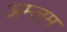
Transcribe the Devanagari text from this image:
अम्लम